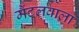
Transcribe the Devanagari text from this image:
मैंटलवाला